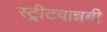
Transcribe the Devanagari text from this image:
स्ट्रीटवान्नबी